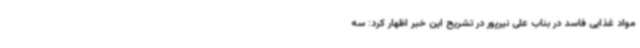
مواد غذایی فاسد در بناب علی نیرپور در تشریح این خبر اظهار کرد: سه